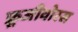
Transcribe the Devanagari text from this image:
फ्रूजीवोरस